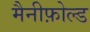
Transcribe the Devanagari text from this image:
मैनीफ़ोल्ड